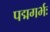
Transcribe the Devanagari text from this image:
पद्मगर्भः